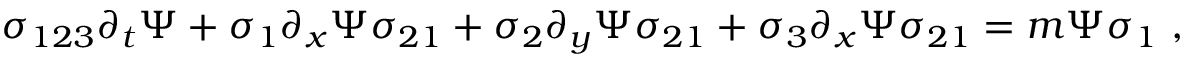
\sigma _ { 1 2 3 } \partial _ { t } \Psi + \sigma _ { 1 } \partial _ { x } \Psi \sigma _ { 2 1 } + \sigma _ { 2 } \partial _ { y } \Psi \sigma _ { 2 1 } + \sigma _ { 3 } \partial _ { x } \Psi \sigma _ { 2 1 } = m \Psi \sigma _ { 1 } ~ ,